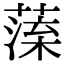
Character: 𦺁